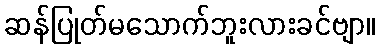
ဆန်ပြုတ်မသောက်ဘူးလားခင်ဗျာ။